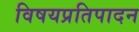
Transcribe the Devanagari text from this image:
विषयप्रतिपादन